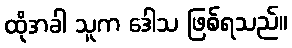
ထိုအခါ သူက ဒေါသ ဖြစ်ရသည်။